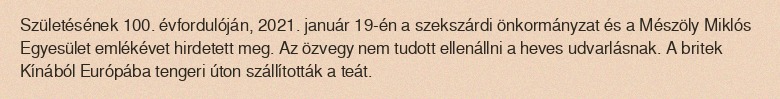
Születésének 100. évfordulóján, 2021. január 19-én a szekszárdi önkormányzat és a Mészöly Miklós Egyesület emlékévet hirdetett meg. Az özvegy nem tudott ellenállni a heves udvarlásnak. A britek Kínából Európába tengeri úton szállították a teát.